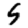
Digit: 5